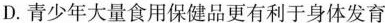
D.青少年大量食用保健品更有利于身体发育